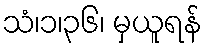
သံ၊၁၊၃၆၊ မှယူရန်